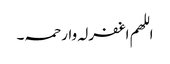
اللھم اغفرلہ وارحمہ۔